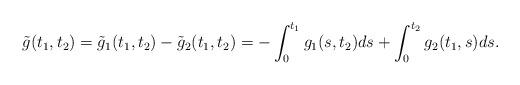
LaTeX: \begin{align*}\tilde{g}(t_1,t_2)&=\tilde{g}_1(t_1,t_2)-\tilde{g}_2(t_1,t_2)=-\int_0^{t_1}g_1(s,t_2)ds+\int_0^{t_2}g_2(t_1,s) ds.\end{align*}